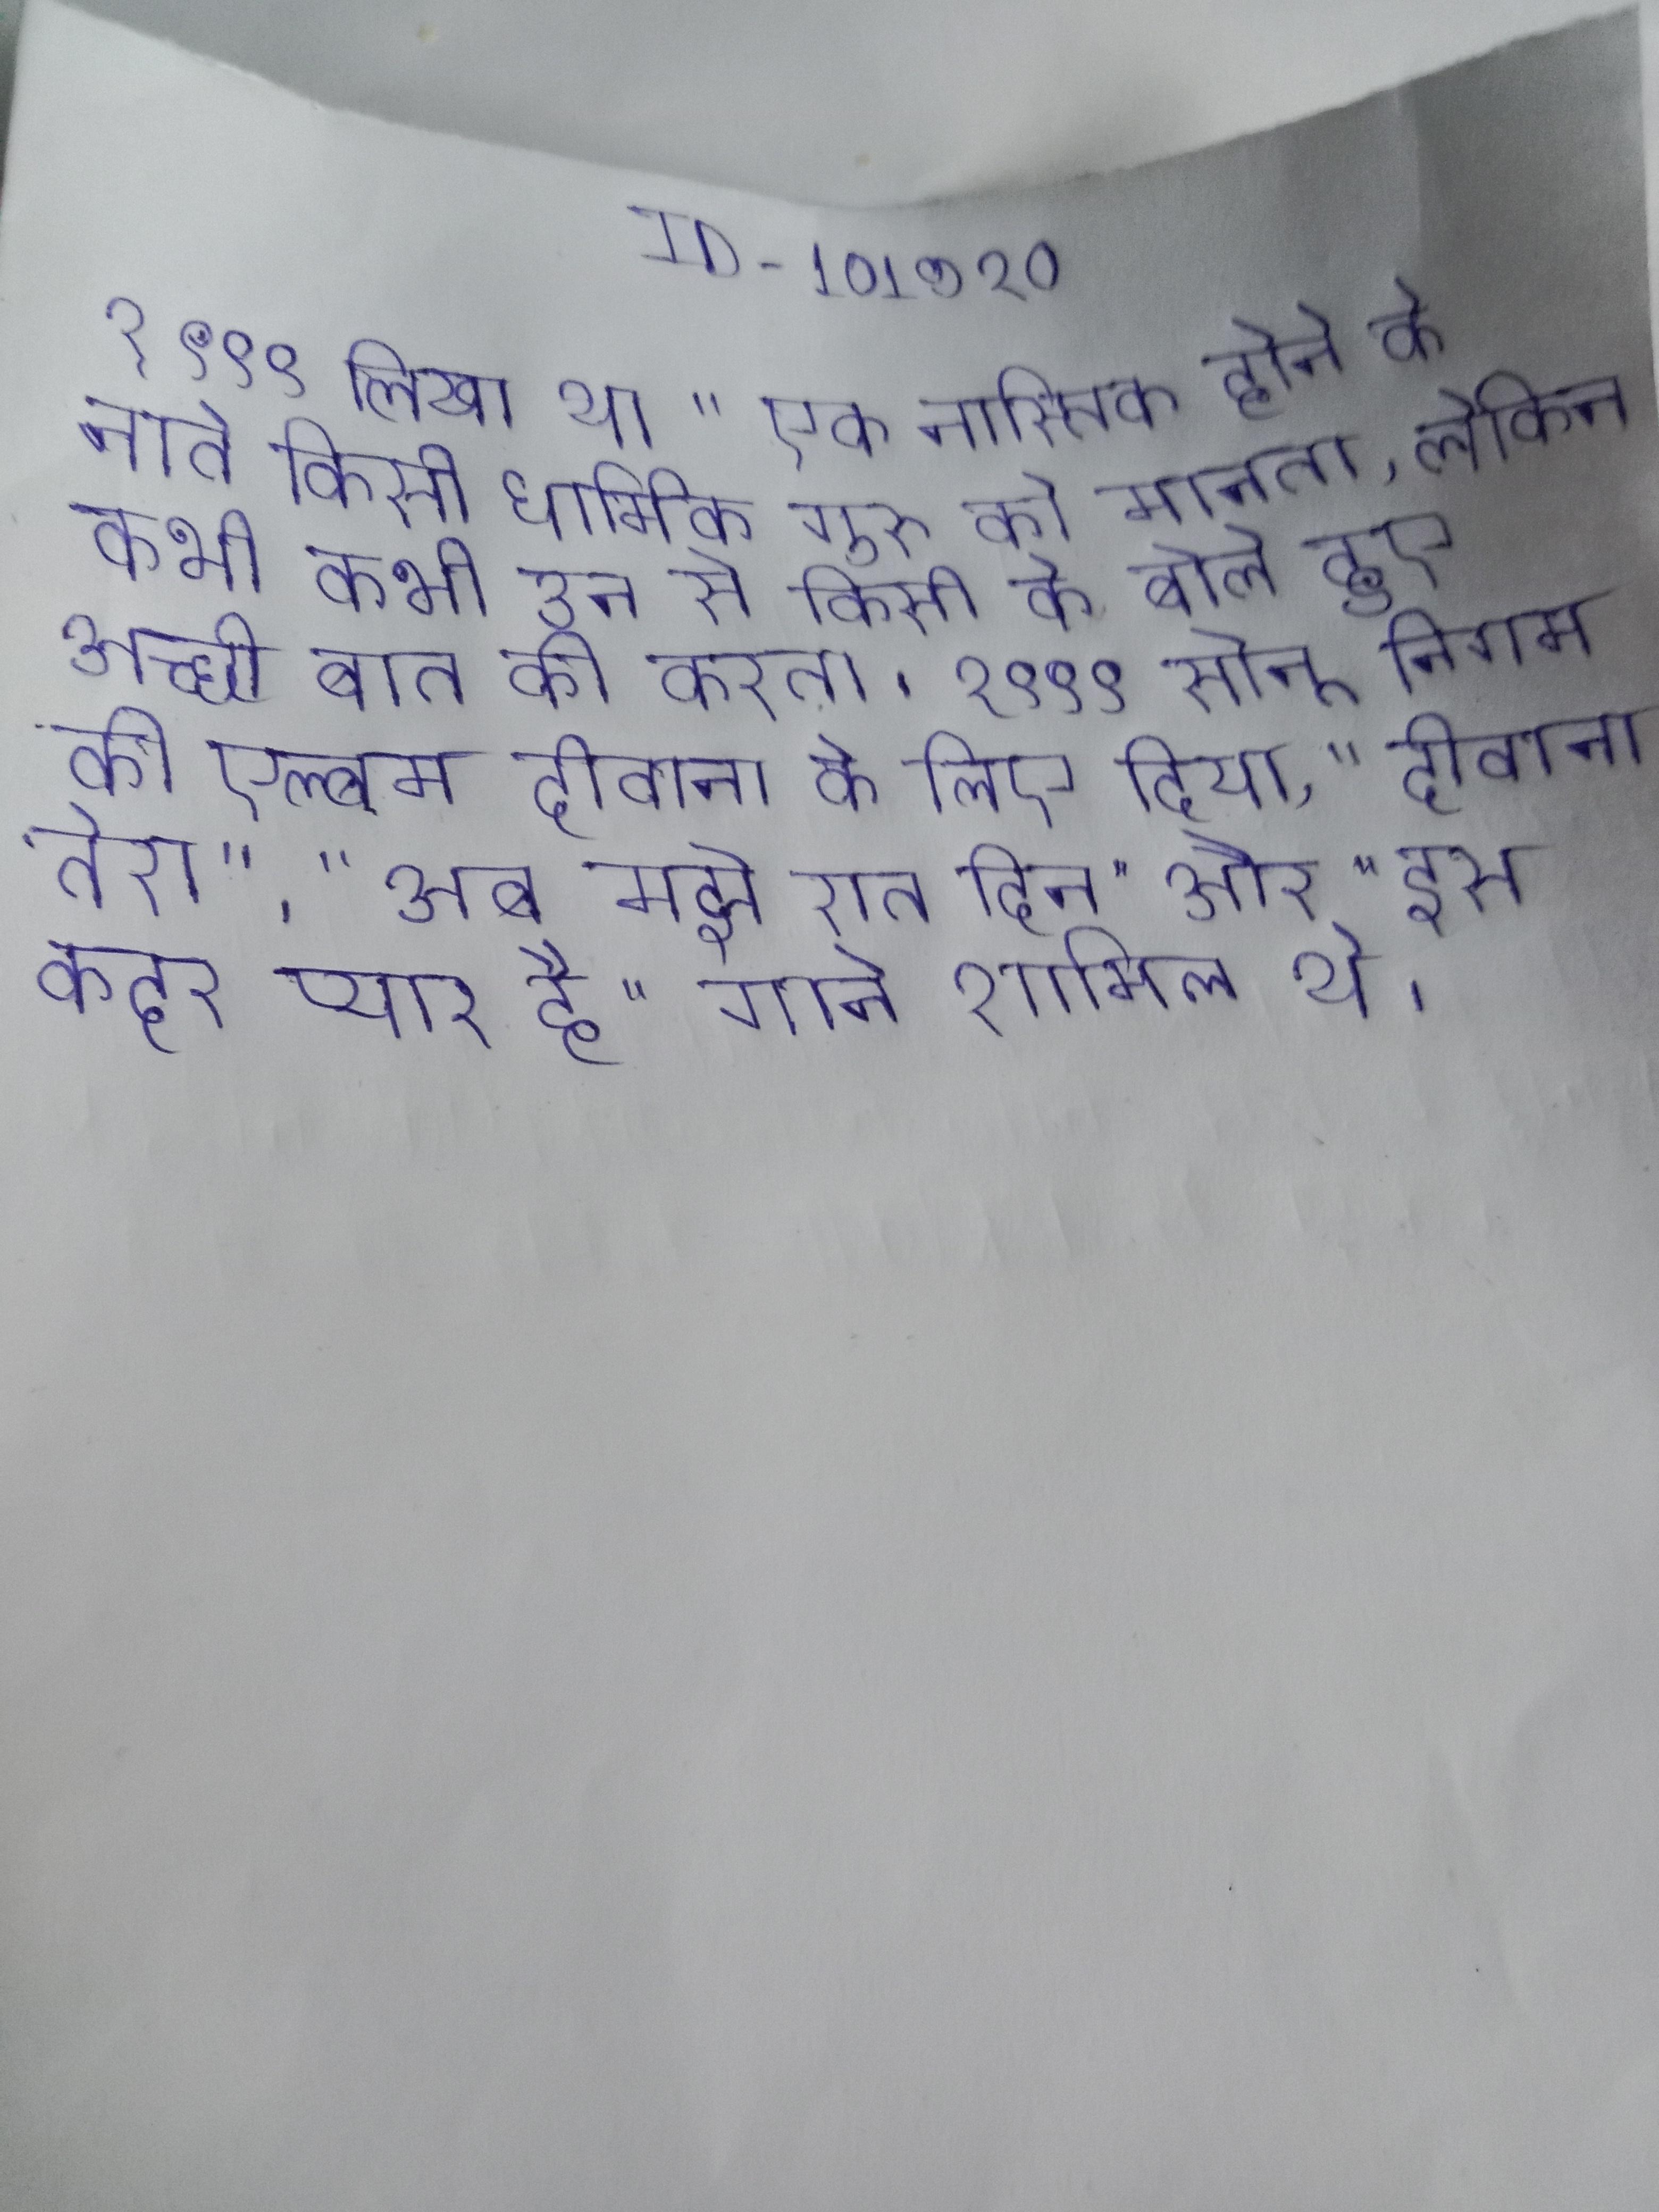
१९९९ लिखा था " एक नास्तिक होने के नाते किसी धार्मिक गुरु को मानता, लेकिन कभी कभी उन से किसी के बोले हुए अच्छी बात की करता । १९९९ सोनू निगम की एल्बम दीवाना के लिए दिया, "दीवाना तेरा", "अब मुझे रात दिन" और "इस कदर प्यार है" गाने शामिल थे ।